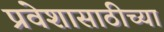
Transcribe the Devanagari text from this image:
प्रवेशासाठीच्या